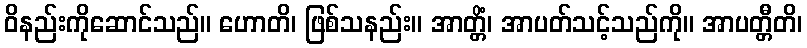
ဝိနည်းကိုဆောင်သည်။ ဟောတိ၊ ဖြစ်သနည်း။ အာတ္တိံ၊ အာပတ်သင့်သည်ကို။ အာပတ္တီတိ၊